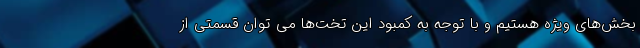
بخش‌های ویژه هستیم و با توجه به کمبود این تخت‌ها می توان قسمتی از